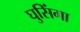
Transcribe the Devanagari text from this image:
घुसिंगा